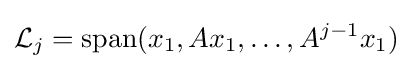
{\mathcal {L}}_{j}=\operatorname {span} (x_{1},Ax_{1},\ldots ,A^{j-1}x_{1})